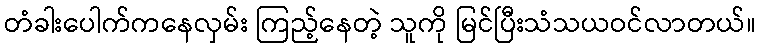
တံခါးပေါက်ကနေလှမ်း ကြည့်နေတဲ့ သူကို မြင်ပြီးသံသယဝင်လာတယ်။